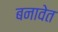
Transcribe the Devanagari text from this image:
बनावेत